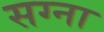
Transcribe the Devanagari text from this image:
सग्ना